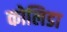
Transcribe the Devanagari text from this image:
कोलिडा